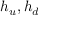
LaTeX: h _ { u } , h _ { d }